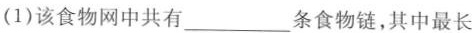
(1)该食物网中共有___条食物链，其中最长